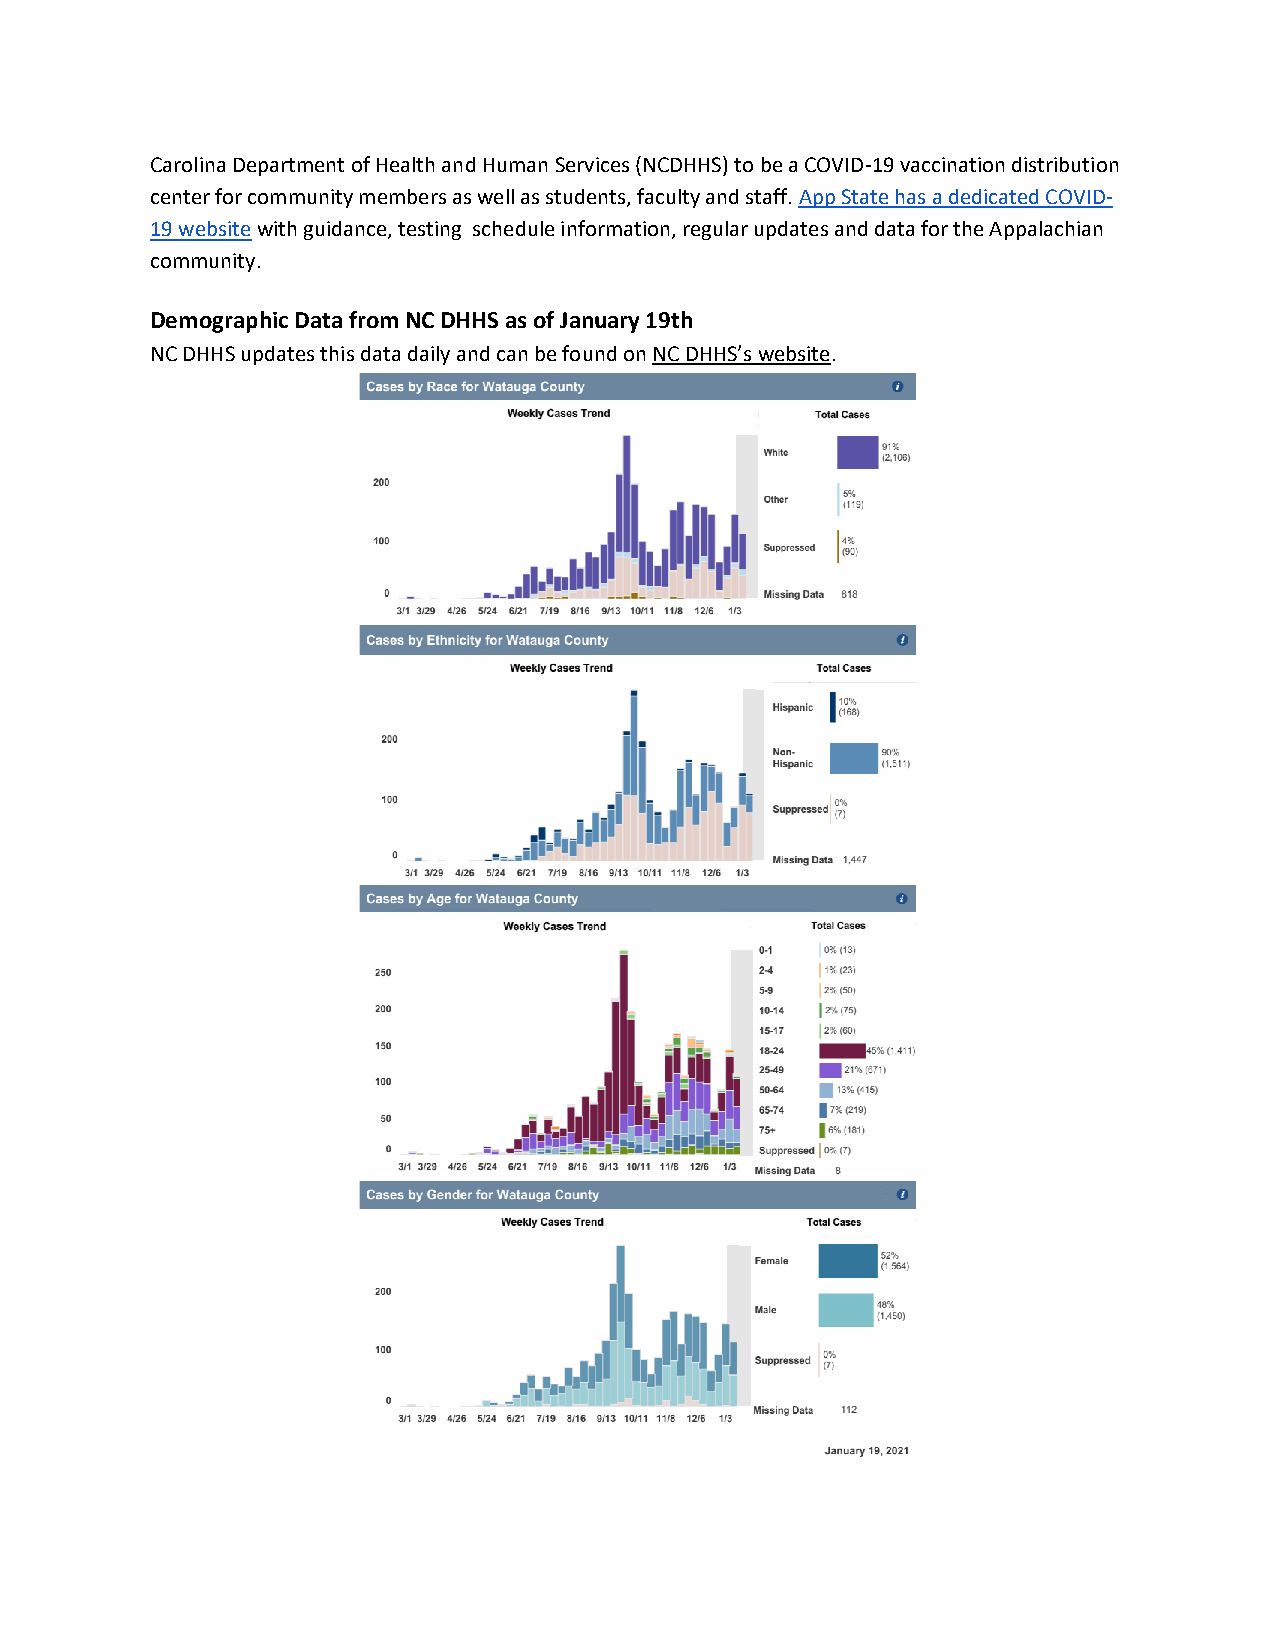
Carolina Department of Health and Human Services (NCDHHS) to be a COVID-19 vaccination distribution
 center for community members as well as students, faculty and staff. App State has a dedicated COVID-
 19 website with guidance, testing schedule information, regular updates and data for the Appalachian
 community.
 Demographic Data from NC DHHS as of January 19th
 NC DHHS updates this data daily and can be found on NC DHHS’s website.